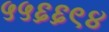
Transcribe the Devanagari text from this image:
५५६६९४